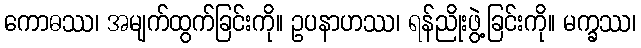
ကောဓဿ၊ အမျက်ထွက်ခြင်းကို။ ဥပနာဟဿ၊ ရန်ညိုးဖွဲ့ခြင်းကို။ မက္ခဿ၊